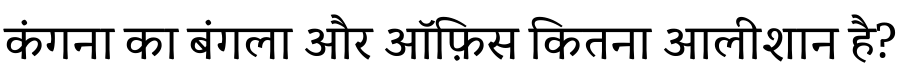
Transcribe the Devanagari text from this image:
कंगना का बंगला और ऑफ़िस कितना आलीशान है?